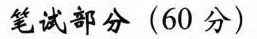
笔试部分 (60分)